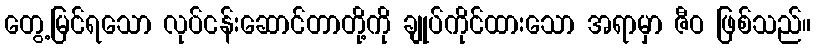
တွေ့မြင်ရသော လုပ်ငန်းဆောင်တာတို့ကို ချုပ်ကိုင်ထားသော အရာမှာ ဇီဝ ဖြစ်သည်။